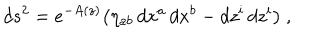
LaTeX: d s ^ { 2 } = e ^ { - A ( z ) } \big ( \eta _ { a b } \, d x ^ { a } \, d x ^ { b } - d z ^ { i } \, d z ^ { i } \big ) \ ,